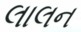
લાલન